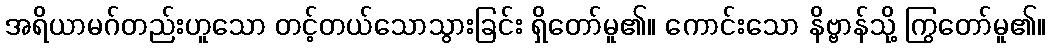
အရိယာမဂ်တည်းဟူသော တင့်တယ်သောသွားခြင်း ရှိတော်မူ၏။ ကောင်းသော နိဗ္ဗာန်သို့ ကြွတော်မူ၏။